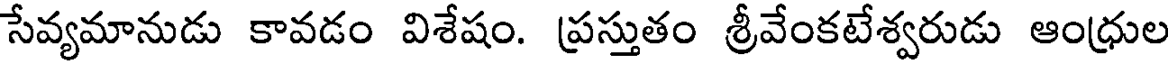
సేవ్యమానుడు కావడం విశేషం. ప్రస్తుతం శ్రీవేంకటేశ్వరుడు ఆంధ్రుల